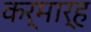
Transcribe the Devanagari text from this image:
कर्मार्ह